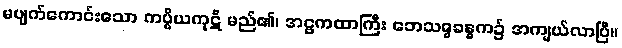
မပျက်ကောင်းသော ကပ္ပိယကုဋိ မည်၏၊ အဋ္ဌကထာကြီး ဘေသဇ္ဇခန္ဓက၌ အကျယ်လာပြီ။